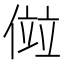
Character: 傡